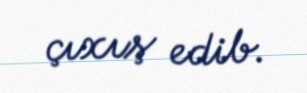
çıxış edib.